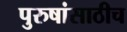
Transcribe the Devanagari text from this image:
पुरुषांसाठीच